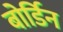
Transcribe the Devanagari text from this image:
बोर्डिन